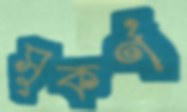
সুকর্ণ